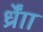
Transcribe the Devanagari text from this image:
र्ध्रााेंं